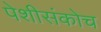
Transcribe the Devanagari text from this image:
पेशीसंकोच